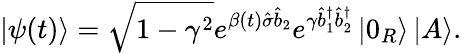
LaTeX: \left\vert\psi(t)\right\rangle=\sqrt{1-\gamma^{2}}e^{\beta(t)\hat{\sigma}\hat{b}_{2}}e^{\gamma\hat{b}_{1}^{\dagger}\hat{b}_{2}^{\dagger}}\left\vert 0_{R}\right\rangle\left\vert A\right\rangle.